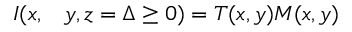
\begin{array} { r l } { I ( x , } & { { } y , z = \Delta \ge 0 ) = T ( x , y ) M ( x , y ) } \end{array}